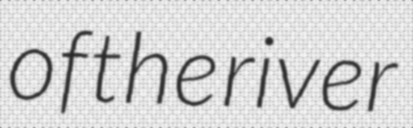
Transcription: of the river